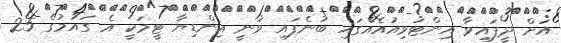
އަށް ދީފައިވާ އިންޓަވިއުއެއްގައި ބުނެފައި ވަނީ އިންޑިޔާ ޓީމަކީ އެ ގައުމުގެ 25